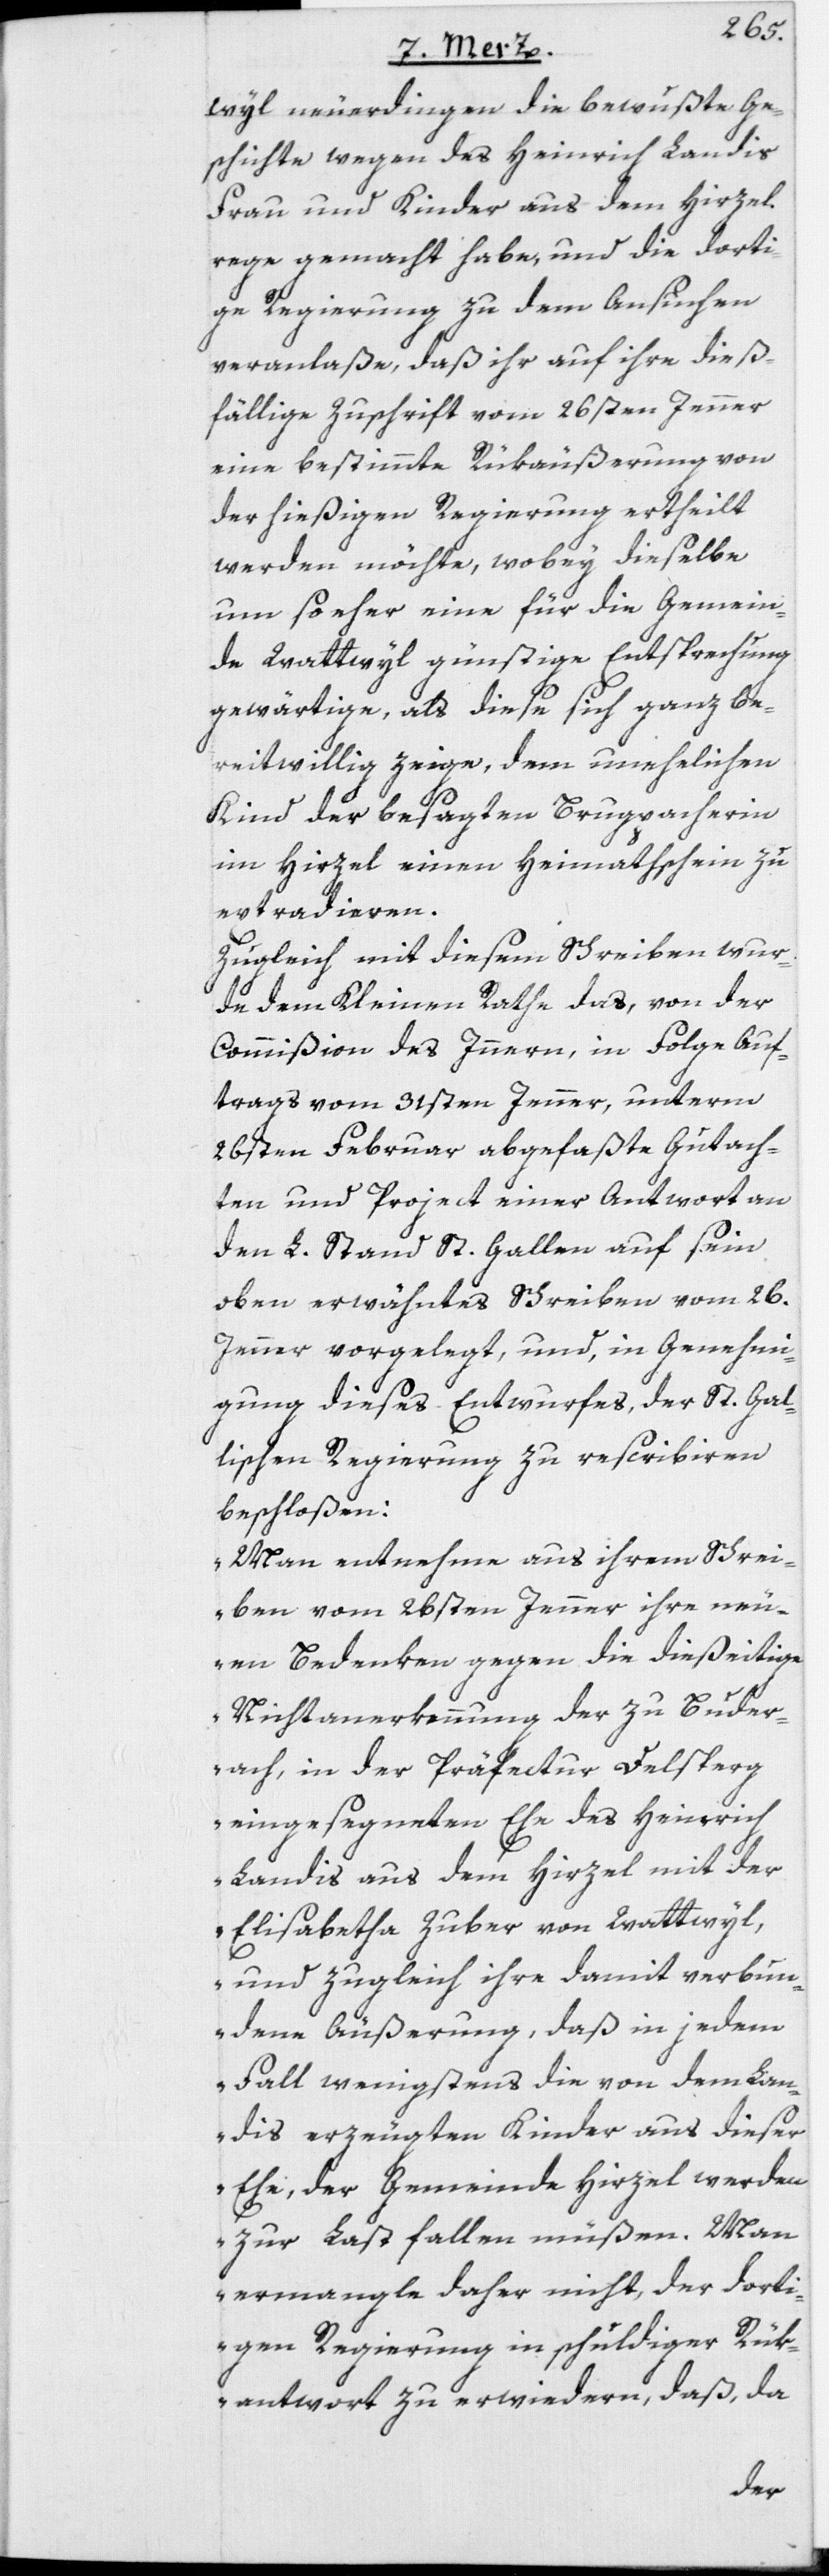
wyl neuerdingen die bewußte Ge¬
schichte wegen des Heinrich Landis
Frau und Kinder aus dem Hirzel
rege gemacht habe, und die dorti¬
ge Regierung zu dem Ansuchen
veranlaße, daß ihr auf ihre dieß¬
fällige Zuschrift vom 26sten Jenner
eine bestimmte Rükäußerung von
der hießigen Regierung ertheilt
werden möchte, wobey dieselbe
um so eher eine für die Gemein¬
de Wattwyl günstige Entsprechung
gewärtige, als diese sich ganz be¬
reitwillig zeige, dem unehelichen
Kind der besagten Brugpacherin
im Hirzel einen Heimathschein zu
extradieren.
Zugleich mit diesem Schreiben wur¬
de dem Kleinen Rathe das, von der
Commißion des Innern, in Folge Auf¬
trags vom 31sten Jenner, unterm
26sten Februar abgefaßte Gutach¬
ten und Project einer Antwort an
den L. Stand St. Gallen auf sein
oben erwähntes Schreiben vom 26.
Jenner vorgelegt, und, in Genehmi¬
gung dieses Entwurfes, der St. Gal¬
lischen Regierung zu rescribiren
beschloßen:
„Man entnehme aus ihrem Schrei¬
ben vom 26sten Jenner ihre neu¬
en Bedenken gegen die dießeitige
Nichtanerkennung der zu Buder¬
ach, in der Präfectur Delsperg
eingesegneten Ehe des Heinrich
Landis aus dem Hirzel mit der
Elisabetha Zuber von Wattwyl,
und zugleich ihre damit verbun¬
dene Äußerung, daß in jedem
Fall wenigstens die von dem Lan¬
dis erzeugten Kinder aus dieser
Ehe, der Gemeinde Hirzel werden
zur Last fallen müßen. Man
ermangle daher nicht, der dorti¬
gen Regierung in schuldiger Rük¬
antwort zu erwiedern, daß, da